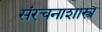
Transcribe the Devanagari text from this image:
संरचनाशास्त्र